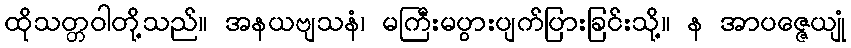
ထိုသတ္တဝါတို့သည်။ အနယဗျသနံ၊ မကြီးမပွားပျက်ပြားခြင်းသို့။ န အာပဇ္ဇေယျုံ